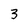
Character: 3